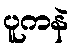
ပူကနဲ